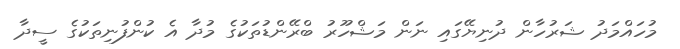
މުހައްމަދު ޝަރުހާން ދުނިޔޭގައި ނަން މަޝްހޫރު ބްރޭންޑުތަކުގެ މުދާ އެ ކުންފުނިތަކުގެ ސީދާ